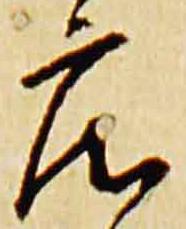
庄